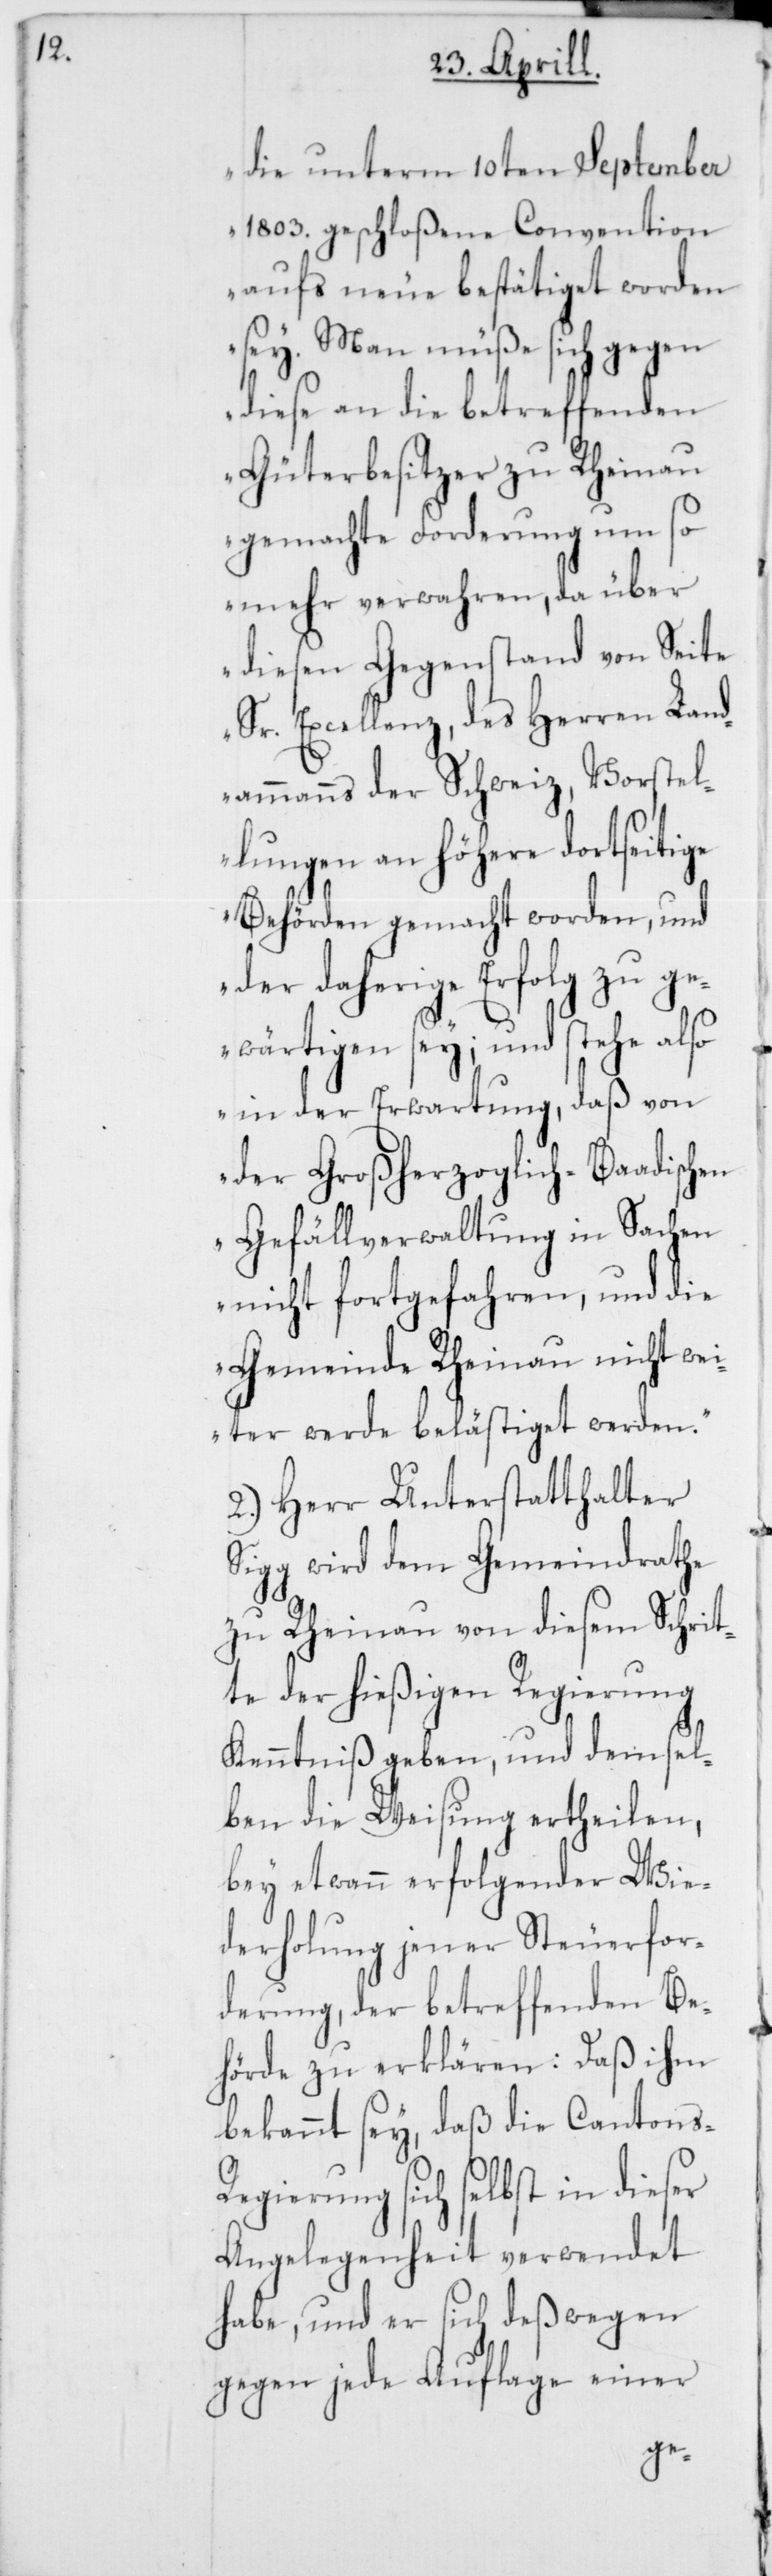
die unterm 10ten September
1803. geschloßene Convention
aufs neue bestätiget worden
sey. Man müße sich gegen
diese an die betreffenden
Güterbesitzer zu Rheinau
gemachte Forderung um so
mehr verwahren, da über
diesen Gegenstand von Seite
Sr. Excellenz, des Herren Lan¬
dammanns der Schweiz, Vorstel¬
lungen an höhere dortseitige
Behörden gemacht worden, und
der daherige Erfolg zu ge¬
wärtigen sey; und stehe also
in der Erwartung, daß von
der Großherzoglich-Baadischen
Gefällverwaltung in Sachen
nicht fortgefahren, und die
Gemeinde Rheinau nicht we¬
iter werde belästiget werden.“
2.) Herr Unterstatthalter
Sigg wird dem Gemeindrathe
zu Rheinau von diesem Schri¬
tte der hießigen Regierung
Kenntniß geben, und demsel¬
ben die Weisung ertheilen,
bey etwann erfolgender Wie¬
derholung jener Steuerfor¬
derung, der betreffenden Be¬
hörde zu erklären: Daß ihm
bekannt sey, daß die Canton¬
egierung sich selbst in dieser
Angelegenheit verwendet
habe, und er sich deßwegen
gegen jede Auflage einer
s-R¬